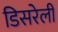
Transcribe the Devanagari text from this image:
डिसरेली